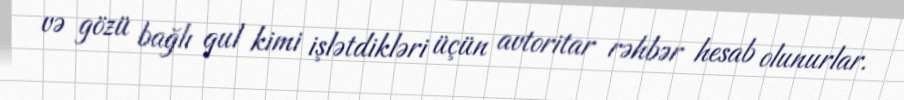
və gözü bağlı qul kimi işlətdikləri üçün avtoritar rəhbər hesab olunurlar.